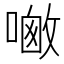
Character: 𪢀